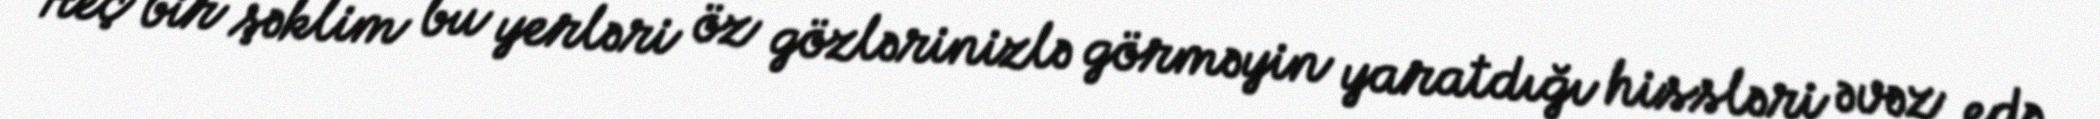
Heç bir şəklim bu yerləri öz gözlərinizlə görməyin yaratdığı hissləri əvəz edə